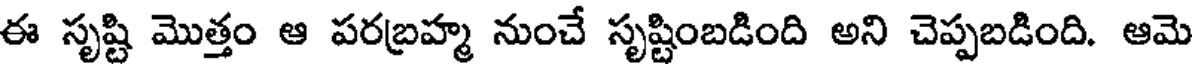
ఈ సృష్టి మొత్తం ఆ పరబ్రహ్మ నుంచే సృష్టింబడింది అని చెప్పబడింది. ఆమె